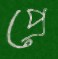
প্রে